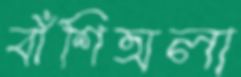
বাঁশিঅলা